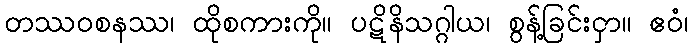
တဿဝစနဿ၊ ထိုစကားကို။ ပဋိနိသဂ္ဂါယ၊ စွန့်ခြင်းငှာ။ ဧဝံ၊